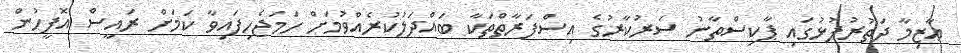
ޢާޒިމާ ދަތުރުފުޅުގައި ޕާކިސްތާނު ސަރުކާރުގެ އިސްފަރާތްތަކާ ބައްދަލުކުރެއްވުމަށް ހަމަޖެހިފައިވާ ކަމަށް ރައީސް އޮފީހުން